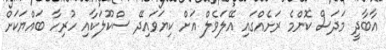
އާބާދީ މަދަސް ކޮންމެ ރަށެއްގައި އޭލަވެލް އަށް ކިޔަވައިދޭ ސްކޫލަކާއި ހުރިހާ ބައްޔަކަށް